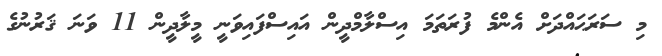
މި ސަރަޙައްދަށް އެންމެ ފުރަތަމަ އިސްލާމްދީން އައިސްފައިވަނީ މީލާދީން 11 ވަނަ ޤަރުނުގެ